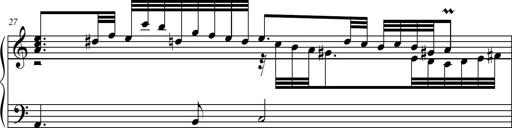
Title: Suite in the Old Style
Composer: Tyler Versluis